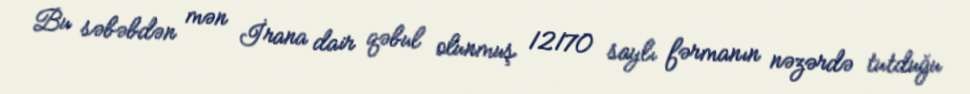
Bu səbəbdən mən İrana dair qəbul olunmuş 12170 saylı fərmanın nəzərdə tutduğu